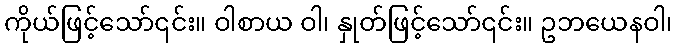
ကိုယ်ဖြင့်သော်၎င်း။ ဝါစာယ ဝါ၊ နှုတ်ဖြင့်သော်၎င်း။ ဥဘယေနဝါ၊